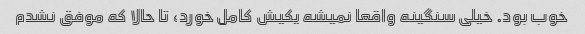
خوب بود. خیلی سنگینه واقعا نمیشه یکیش کامل خورد، تا حالا که موفق نشدم